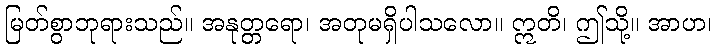
မြတ်စွာဘုရားသည်။ အနုတ္တရော၊ အတုမရှိပါသလော။ ဣတိ၊ ဤသို့။ အာဟ၊